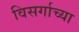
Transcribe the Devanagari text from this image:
विसर्गाच्या